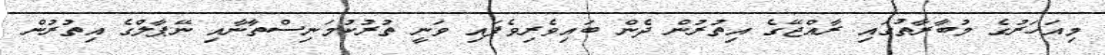
މިއަހަރުގެ މުބާރާތުގައި ރާއްޖޭގެ އިތުރުން ދެން ބައިވެރިވެފައި ވަނީ ތުރުކުމަނިސްތާނާއި ނޭޕާލްގެ އިތުރުން